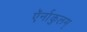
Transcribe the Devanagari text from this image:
ऍर्नाकुलम्